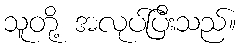
သူတို့ အလုပ်ပြီးသည်။